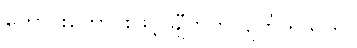
ကောင်းကောင်းဖြင့် ချီတက်လျက် ရှိသည်။